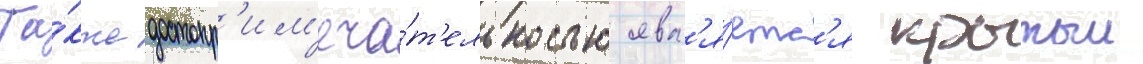
Та́кже достопр'им'еча́т'ельностью явл'я́етс'я крытыи